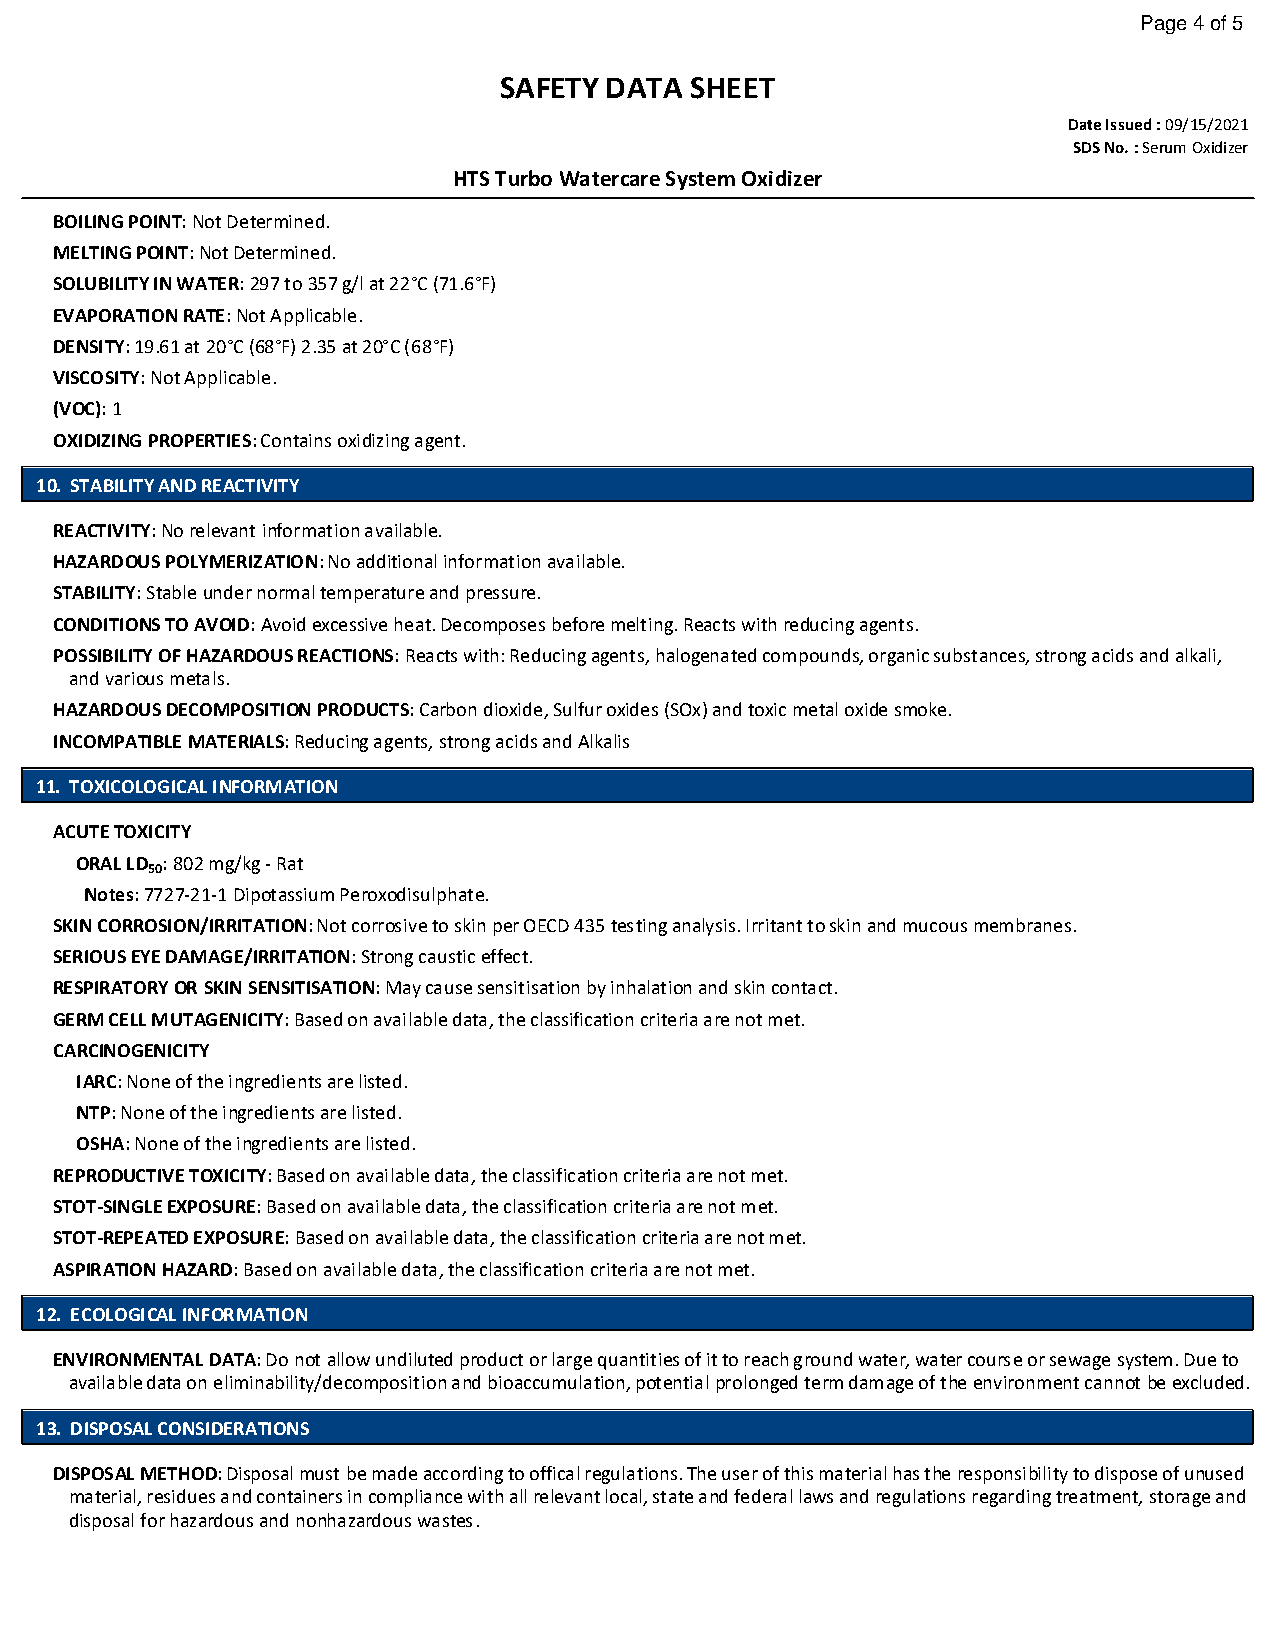
Page 4 of 5
 SAFETY DATA  SHEET
 Date Issued : 09/15/2021
 SDS No. : Serum Oxidizer
 HTS Turbo Watercare System Oxidizer
 BOILING POINT: Not Determined.
 MELTING POINT: Not Determined.
 SOLUBILITY IN WATER: 297 to 357 g/l at 22°C (71.6°F)
 EVAPORATION RATE: Not Applicable.
 DENSITY: 19.61 at 20°C (68°F) 2.35 at 20°C (68°F)
 VISCOSITY: Not Applicable.
 (VOC): 1
 OXIDIZING PROPERTIES: Contains oxidizing agent.
 10. STABILITY AND REACTIVITY
 REACTIVITY: No relevant information available.
 HAZARDOUS POLYMERIZATION: No additional information available.
 STABILITY: Stable under normal temperature and pressure.
 CONDITIONS TO AVOID: Avoid excessive heat. Decomposes before melting. Reacts with reducing agents.
 POSSIBILITY OF HAZARDOUS REACTIONS: Reacts with: Reducing agents, halogenated compounds, organic substances, strong acids and alkali,
 and various metals.
 HAZARDOUS DECOMPOSITION PRODUCTS: Carbon dioxide, Sulfur oxides (SOx) and toxic metal oxide smoke.
 INCOMPATIBLE MATERIALS: Reducing agents, strong acids and Alkalis
 11. TOXICOLOGICAL INFORMATION
 ACUTE TOXICITY
 ORAL LD : 802 mg/kg - Rat
 50
 Notes: 7727-21-1 Dipotassium Peroxodisulphate.
 SKIN CORROSION/IRRITATION: Not corrosive to skin per OECD 435 testing analysis. Irritant to skin and mucous membranes.
 SERIOUS EYE DAMAGE/IRRITATION: Strong caustic effect.
 RESPIRATORY OR SKIN SENSITISATION: May cause sensitisation by inhalation and skin contact.
 GERM CELL MUTAGENICITY: Based on available data, the classification criteria are not met.
 CARCINOGENICITY
 IARC: None of the ingredients are listed.
 NTP: None of the ingredients are listed.
 OSHA: None of the ingredients are listed.
 REPRODUCTIVE TOXICITY: Based on available data, the classification criteria are not met.
 STOT-SINGLE EXPOSURE: Based on available data, the classification criteria are not met.
 STOT-REPEATED EXPOSURE: Based on available data, the classification criteria are not met.
 ASPIRATION HAZARD: Based on available data, the classification criteria are not met.
 12. ECOLOGICAL INFORMATION
 ENVIRONMENTAL DATA: Do not allow undiluted product or large quantities of it to reach ground water, water course or sewage system. Due to
 available data on eliminability/decomposition and bioaccumulation, potential prolonged term damage of the environment cannot be excluded.
 13. DISPOSAL CONSIDERATIONS
 DISPOSAL METHOD: Disposal must be made according to offical regulations. The user of this material has the responsibility to dispose of unused
 material, residues and containers in compliance with all relevant local, state and federal laws and regulations regarding treatment, storage and
 disposal for hazardous and nonhazardous wastes.